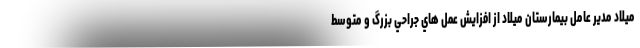
ميلاد مدير عامل بيمارستان ميلاد از افزايش عمل هاي جراحي بزرگ و متوسط